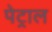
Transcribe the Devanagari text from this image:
पेट्राल